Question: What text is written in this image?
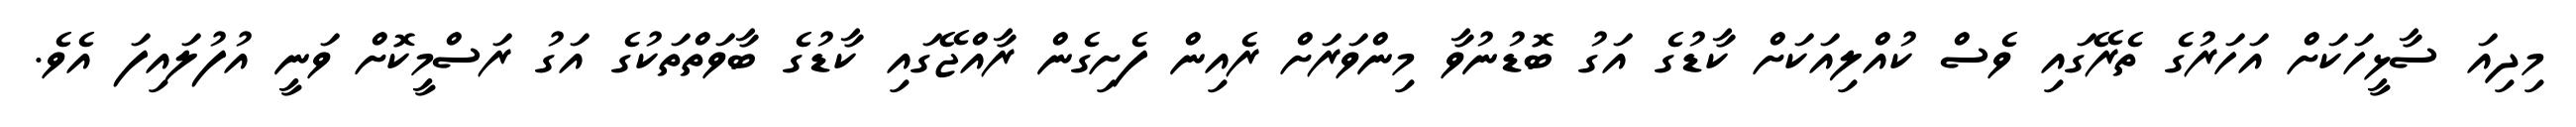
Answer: މިދިއަ ސާޅީހަކަށް އަހަރުގެ ތެރޭގައި ވެސް ކުއްލިއަކަށް ކާޑުގެ އަގު ބޮޑުނުވާ މިންވަރަށް ރެއިން ފެށިގެން ރާއްޖޭގައި ކާޑުގެ ބާވަތްތަކުގެ އަގު ރަސްމީކޮށް ވަނީ އުފުލައިފަ އެވެ.